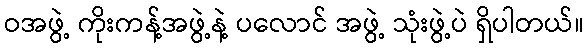
ဝအဖွဲ့ ကိုးကန့်အဖွဲ့နဲ့ ပလောင် အဖွဲ့ သုံးဖွဲ့ပဲ ရှိပါတယ်။